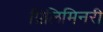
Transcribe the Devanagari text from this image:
प्रिलिमिनरी